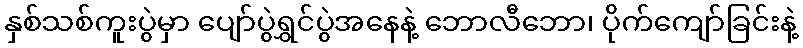
နှစ်သစ်ကူးပွဲမှာ ပျော်ပွဲရွှင်ပွဲအနေနဲ့ ဘောလီဘော၊ ပိုက်ကျော်ခြင်းနဲ့